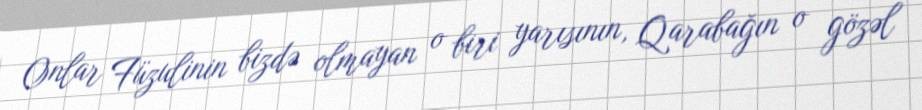
Onlar Füzulinin bizdə olmayan o biri yarısının, Qarabağın o gözəl